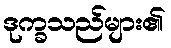
ဒုက္ခသည်များ၏